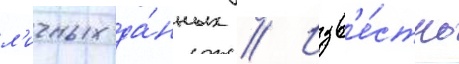
л'ичных да́нных // Изв'е́стно